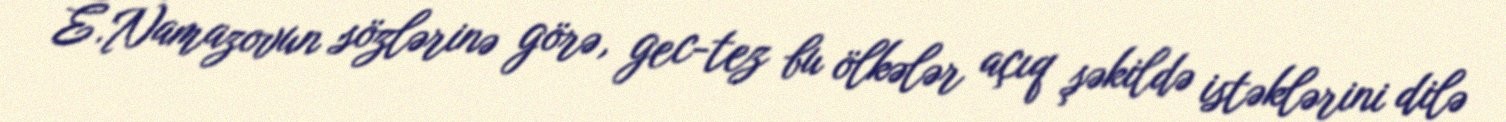
E.Namazovun sözlərinə görə, gec-tez bu ölkələr açıq şəkildə istəklərini dilə